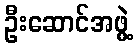
ဦးဆောင်အဖွဲ့